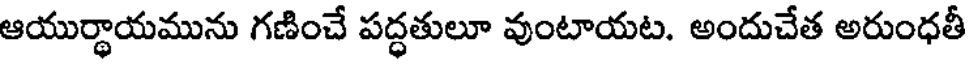
ఆయుర్ధాయమును గణించే పద్ధతులూ వుంటాయట. అందుచేత అరుంధతీ